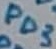
Text: PD3